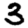
Digit: 3